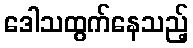
ဒေါသထွက်နေသည့်